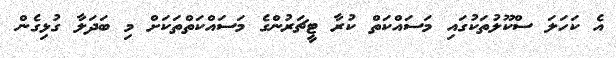
އެ ކަހަލަ ސްކޫލުތަކުގައި މަސައްކަތް ކުރާ ޓީޗަރުންގެ މަސައްކަތްތަކަށް މި ބަދަލާ ގުޅިގެން